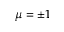
\mu = \pm 1